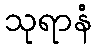
သုရာနံ